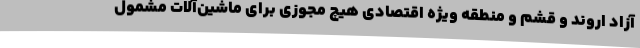
آزاد اروند و قشم و منطقه ویژه اقتصادی هیچ مجوزی برای ماشین‌آلات مشمول